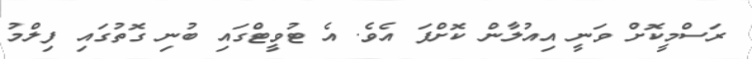
ރަސްމީކޮށް ވަނީ އިއުލާން ކޮށްފަ އެވެ. އެ ޓުވީޓްގައި ބުނި ގޮތުގައި ފިލްމު